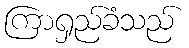
ကြာရှည်ခံသည်